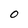
Character: 0